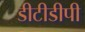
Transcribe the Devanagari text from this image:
डीटीडीपी